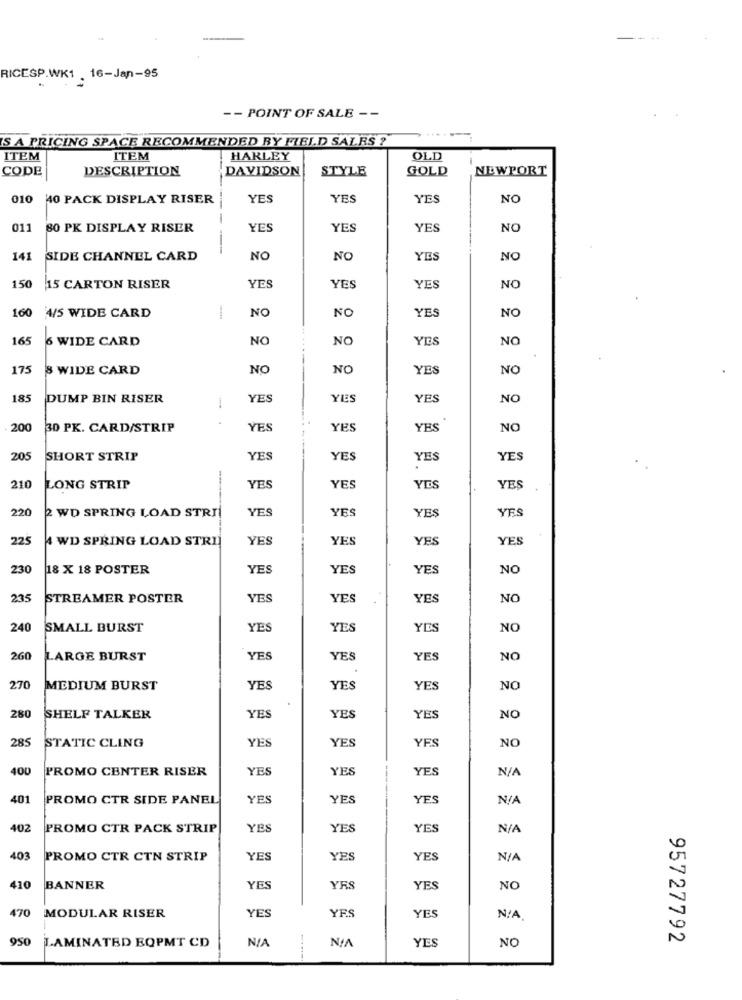
RICESP.WK1 . 16-Jan-95
-- POINT OF SALE --
S A PRICING SPACE RECOMMENDED BY FIELD SALRS ?
ITEM
ITEM
HARLEY
OLD
CODE
DESCRIPTION
DAVIDSON
STYLE
GOLD
NEWPORT
010
40 PACK DISPLAY RISER
YES
YES
YES
NO
011
80 PK DISPLAY RISER
YES
YES
YES
NO
141
SIDE CHANNEL CARD
NO
NO
YES
NC
150
15 CARTON RISER
YES
YES
YES
NO
160
4/5 WIDE CARD
NO
NO
YES
NO
165
6 WIDE CARD
NO
NO
YES
NO
175
8 WIDE CARD
NO
NO
YES
NO
185
DUMP BIN RISER
1
YES
YES
YES
NO
200
30 PK. CARD/STRIP
YES
YES
YES
NO
205
SHORT STRIP
YES
YES
YES
YES
210
LONG STRIP
YES
YES
VIDS
YES
220
2 WD SPRING LOAD STRI
YES
YES
YES
YFS
225
4 WD SPRING LOAD STRI
YES
YES
YES
YES
230
18 X 18 POSTER
YES
YES
YES
NO
235
STREAMER POSTER
YES
YES
YES
NO
240
SMALL BURST
YES
YES
YES
NO
260
LARGE BURST
YES
YES
YES
NO
270
MEDIUM BURST
YES
YES
YES
NO
280
SHELF TALKER
YES
YES
YES
NO
285
STATIC CLING
YES
YES
YES
NO
400
PROMO CENTER RISER
YES
YES
YES
NIA
-----.
401
PROMO CTR SIDE PANEL
YES
YES
YES
402
PROMO CTR PACK STRIP
YES
YES
YES
403
PROMO CTR CTN STRIP
YES
YES
YES
410
BANNER
YES
YRS
YES
NO
470
YES
YES
YES
MODULAR RISER
950
NIA
YES
NO
95727792
LAMINATED BOPMT CD